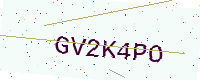
Text: GV2K4PO